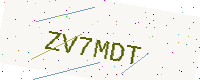
Text: ZV7MDT